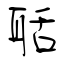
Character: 聒